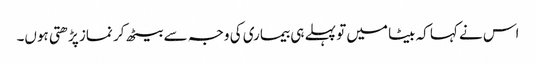
اس نے کہا کہ بیٹا میں تو پہلے ہی بیماری کی وجہ سے بیٹھ کر نماز پڑھتی ہوں۔